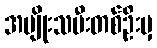
အမျိုးသမီးတစ်ဦးမှ